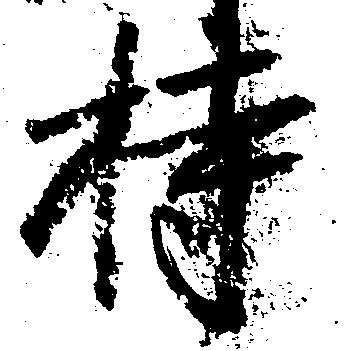
持